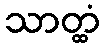
သာတ္ထံ